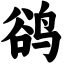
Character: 鹆